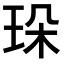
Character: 𤤸